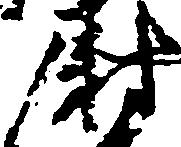
尉